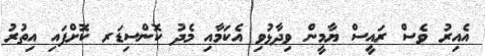
އެއިރު ވެސް ރައީސް ޔާމީން ވިދާޅުވި އެކަމާއި މެދު ކޮންސިޑަރ ކޮށްފައި އިތުރު